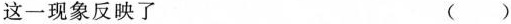
这一现象反映了 ( )